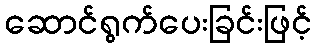
ဆောင်ရွက်ပေးခြင်းဖြင့်